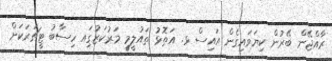
ރާއްޖޭން ބޭރުން ކިޔަވައިގެން އައިސް ޅ. އަތޮޅު ތައުލީމީ މަރުކަޒުގަިއ ހިސާބު ޓީޗަރަކަށް